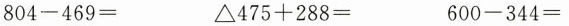
804-469= △475+288= 600-344=